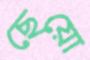
ছেয়ো